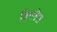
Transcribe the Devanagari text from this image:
विश्लेश